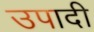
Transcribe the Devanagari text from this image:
उपादी